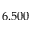
6 . 5 0 0